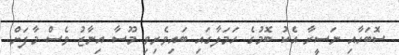
ސޮބަހާއި ނަސީރާ އެކު ބޮމުގެ ހަމަލާގައި ބައިވެރިވި މޫސާ އިނާޒު ވެސް މާފަށް